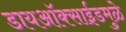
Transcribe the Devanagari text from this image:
डायऑक्साईडमुळे